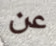
عن